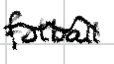
Text: football
Cross-out: wave
Writing tool: digital_black